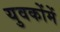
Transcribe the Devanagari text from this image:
युवकोंमें